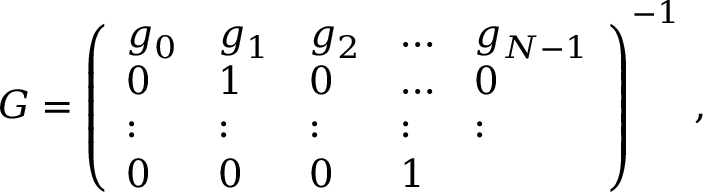
\begin{array} { r } { G = \left( \begin{array} { l l l l l } { g _ { 0 } } & { g _ { 1 } } & { g _ { 2 } } & { \dots } & { g _ { N - 1 } } \\ { 0 } & { 1 } & { 0 } & { \dots } & { 0 } \\ { : } & { : } & { : } & { : } & { : } \\ { 0 } & { 0 } & { 0 } & { 1 } \end{array} \right) ^ { - 1 } \, , } \end{array}